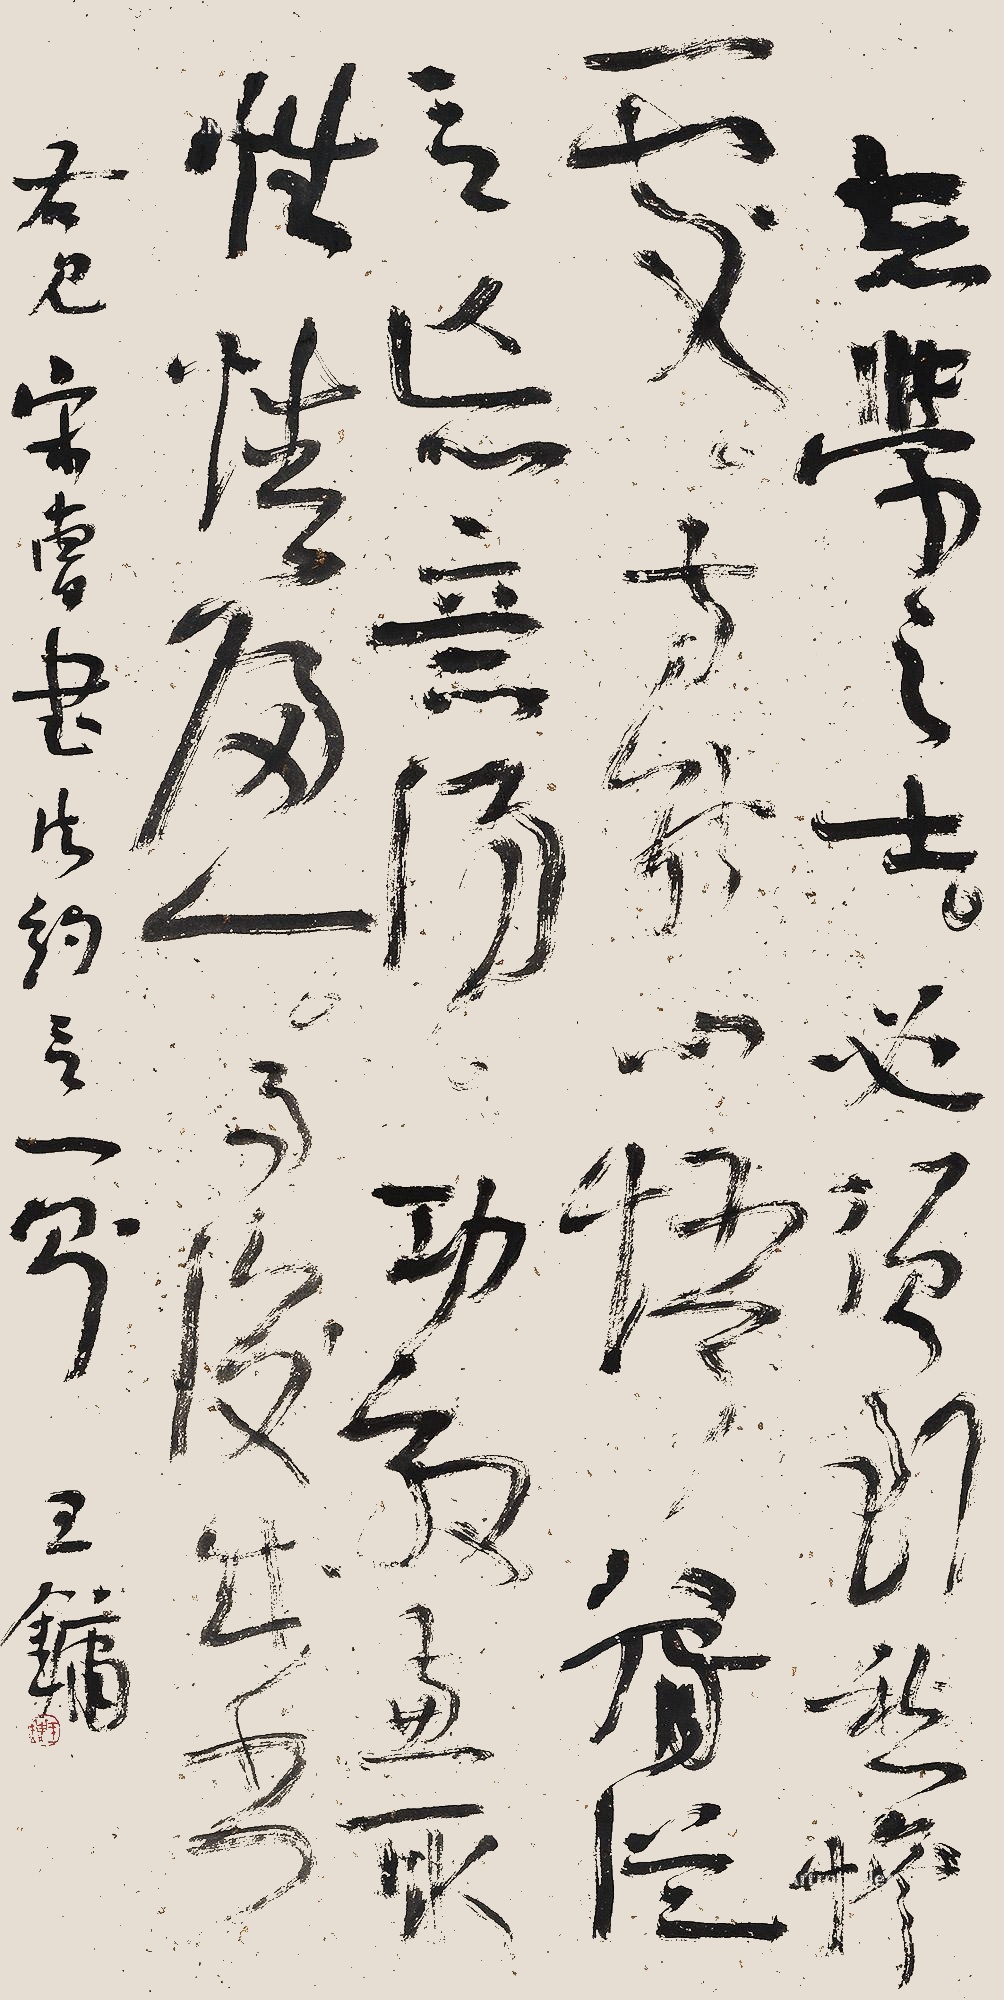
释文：志学之士，必须到愁惨处，方能心悟腕从，言忘意得，功效兼优，性情归一，而后成书。右见宋曹《书法约言》一则，王镛。